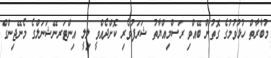
މުބާރާތް ހުޅުވުމުގެ ގޮތުން ބޭއްވި ރަސްމިއްޔާތު ޝަރަފުވެރި ކޮޮށްދެއްވީ ލިލީ އިންޓަރނޭޝަނަލްގެ މެނޭޖިންގް